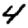
Digit: 4